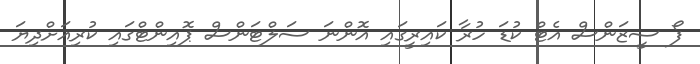
ފޯ ސީޒަންސް އެޓް ކުޑަ ހުރާ ކައިރީގައި އޮންނަ ސަލްޓަންސް ޕޮއިންޓްގައި ކުރިއަށްދިޔަ